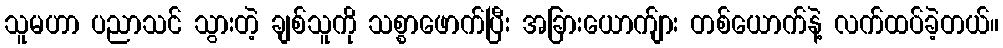
သူမဟာ ပညာသင် သွားတဲ့ ချစ်သူကို သစ္စာဖောက်ပြီး အခြားယောက်ျား တစ်ယောက်နဲ့ လက်ထပ်ခဲ့တယ်။